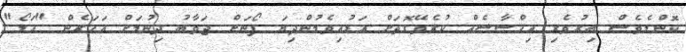
ކޮންމެވެސް ބިރުވެރި އިޙްސާސެއް ކުރެވޭގޮތަށް އަޑުއިވެމުންދިޔަ ފޯނަށް ޖަވާބު ދިނުމަށް އަހަރެން "ހަލޯ"